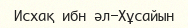
Исхақ ибн әл-Хұсайын